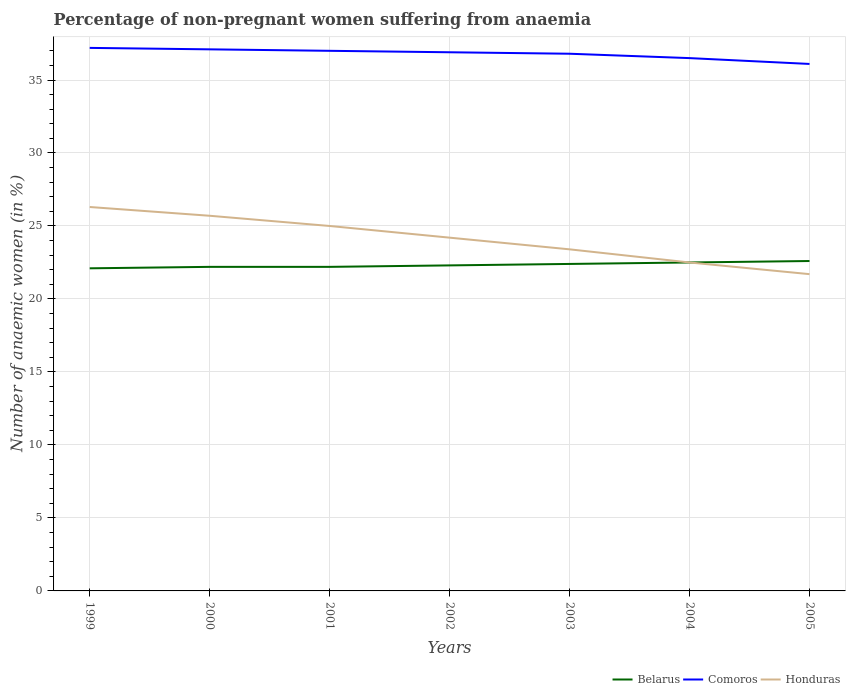
| Years | Belarus | Comoros | Honduras |
 | --- | --- | --- | --- |
 | 1999 | 22.1 | 37.2 | 26.3 |
 | 2000 | 22.2 | 37.1 | 25.7 |
 | 2001 | 22.2 | 37 | 25 |
 | 2002 | 22.3 | 36.9 | 24.2 |
 | 2003 | 22.4 | 36.8 | 23.4 |
 | 2004 | 22.5 | 36.5 | 22.5 |
 | 2005 | 22.6 | 36.1 | 21.7 |